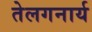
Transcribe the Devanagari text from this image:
तेलगनार्य